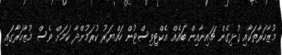
މުޒާހަރާތަކާއި ގުޅިގެން ޗައިނާއިން ބައެއް އެކްޓިވިސްޓުން ހައްޔަރު ކުރަމުންދާ ކަމަށް ވެސް މުޒާހަރާގައި